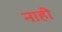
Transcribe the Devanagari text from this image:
नाहीे